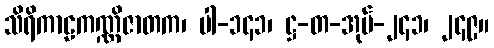
သိရိကာဠကဏ္ဏိဇာတက၊ ပါ-၁၄၁၊ ဋ္ဌ-တ-အုပ်-၂၄၁၊ ၂၄၉။